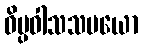
ဝိပ္ပဝါသသမယော